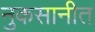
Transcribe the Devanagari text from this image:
नुकसानीत